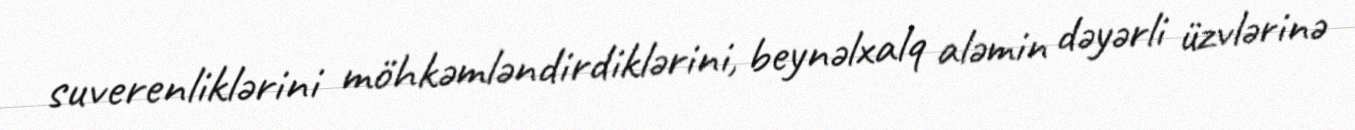
suverenliklərini möhkəmləndirdiklərini, beynəlxalq aləmin dəyərli üzvlərinə